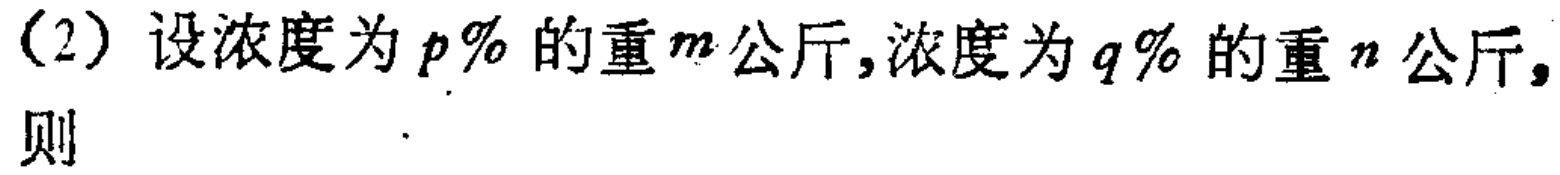
（2）设浓度为\(p\%\)的重\(m\)公斤,浓度为\(q\%\)的重\(n\)公斤,则  .